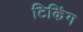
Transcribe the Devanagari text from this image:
टिकिंग